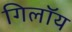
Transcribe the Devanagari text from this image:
गिलॉय